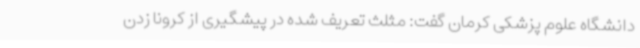
دانشگاه علوم پزشکی کرمان گفت: مثلث تعریف شده در پیشگیری از کرونا زدن